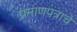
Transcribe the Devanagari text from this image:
प्रमाणपत्राचे